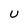
Character: U